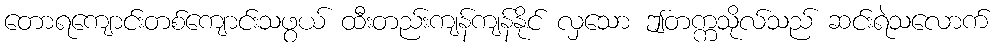
တောရကျောင်းတစ်ကျောင်းသဖွယ် ထီးတည်းကျန်ကျန်နိုင် လှသော ဤတက္ကသိုလ်သည် ဆင်းရဲသလောက်